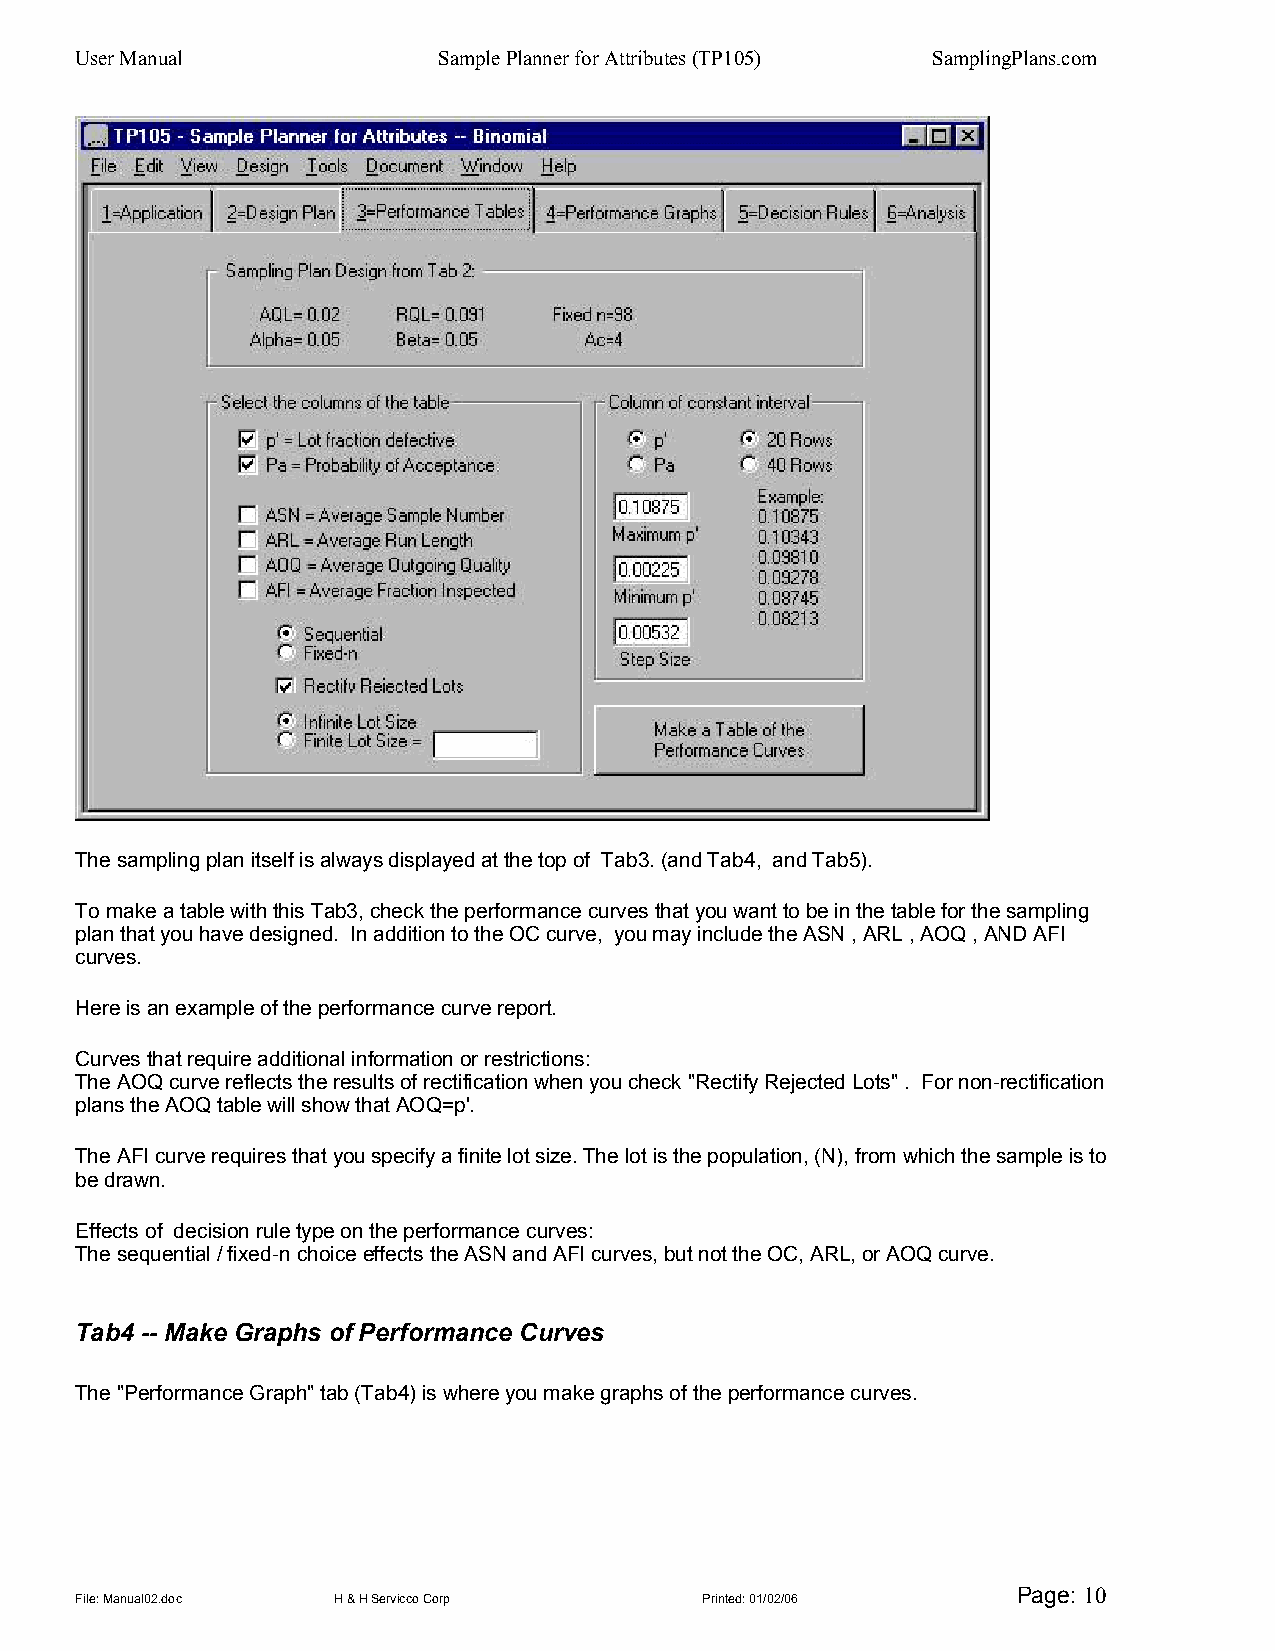
User Manual             Sample Planner for Attributes (TP105) SamplingPlans.com
 The sampling plan itself is always displayed at the top of Tab3. (and Tab4, and Tab5).
 To make a table with this Tab3, check the performance curves that you want to be in the table for the sampling
 plan that you have designed. In addition to the OC curve, you may include the ASN , ARL , AOQ , AND AFI
 curves.
 Here is an example of the performance curve report.
 Curves that require additional information or restrictions:
 The AOQ curve reflects the results of rectification when you check "Rectify Rejected Lots" . For non-rectification
 plans the AOQ table will show that AOQ=p'.
 The AFI curve requires that you specify a finite lot size. The lot is the population, (N), from which the sample is to
 be drawn.
 Effects of decision rule type on the performance curves:
 The sequential / fixed-n choice effects the ASN and AFI curves, but not the OC, ARL, or AOQ curve.
 Tab4 -- Make Graphs of Performance Curves
 The "Performance Graph" tab (Tab4) is where you make graphs of the performance curves.
 Page: 10
 File: Manual02.doc H & H Servicco Corp   Printed: 01/02/06